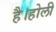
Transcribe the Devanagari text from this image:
है।होली